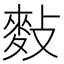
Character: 𪌏